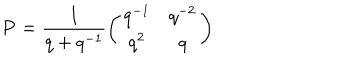
{ \bf P } = \frac { 1 } { q + q ^ { - 1 } } \left( \begin{array} { c c } { { q ^ { - 1 } } } & { { q ^ { - 2 } } } \\ { { q ^ { 2 } } } & { { q } } \\ \end{array} \right)